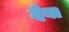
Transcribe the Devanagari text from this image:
देबा